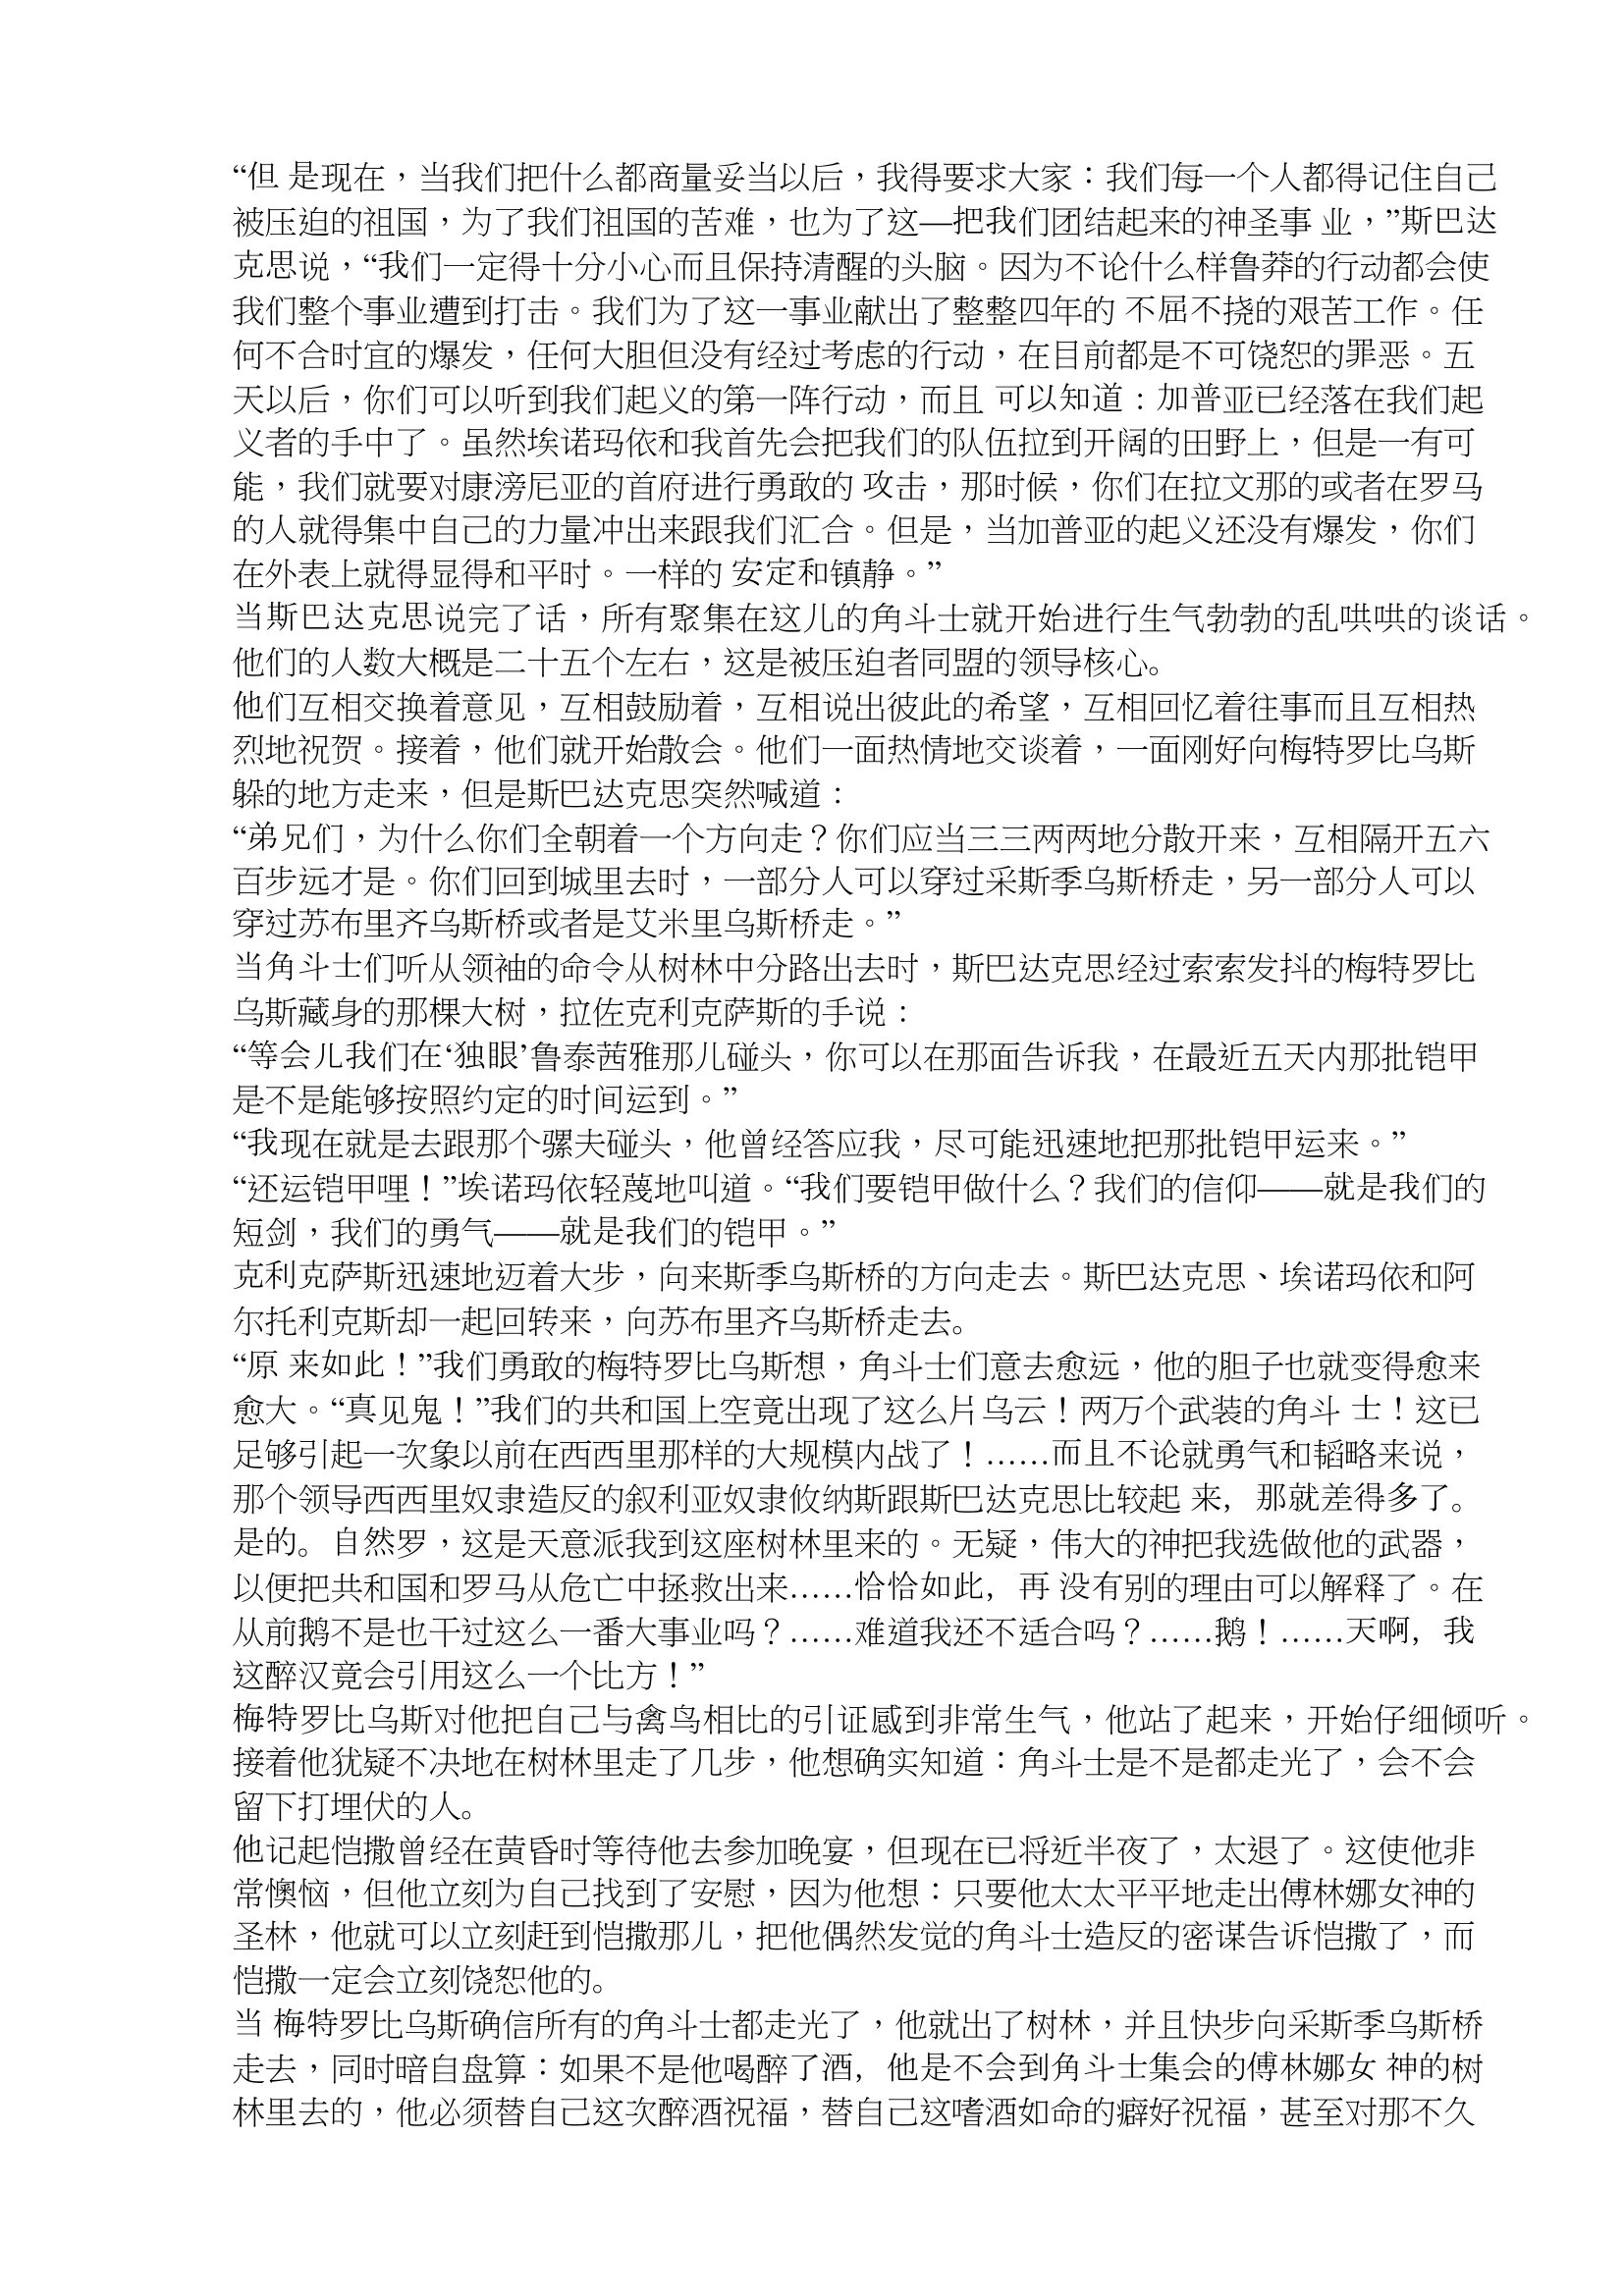
Language: zh